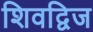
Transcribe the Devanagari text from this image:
शिवद्विज